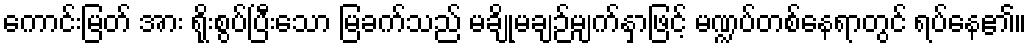
ကောင်းမြတ် အား ရိုးစွပ်ပြီးသော မြခက်သည် မချိုမချဉ်မျက်နှာဖြင့် မဏ္ဍပ်တစ်နေရာတွင် ရပ်နေ၏။